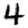
Digit: 4